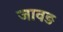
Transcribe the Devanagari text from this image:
जावड़